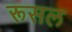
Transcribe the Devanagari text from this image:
रूसल